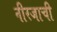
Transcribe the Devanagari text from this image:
नीरजाची